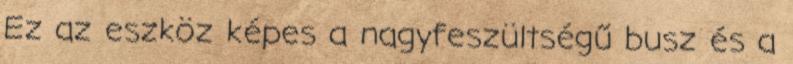
Ez az eszköz képes a nagyfeszültségű busz és a